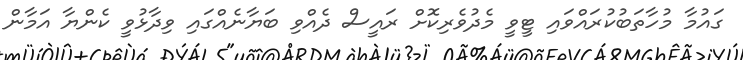
ގައުމާ މުހާތަބުކުރައްވައި ޓީވީ މެދުވެރިކޮށް ރައީސް ދެއްވި ބަޔާނެއްގައި ވިދާޅުވީ ކެންޔާ އަމާން